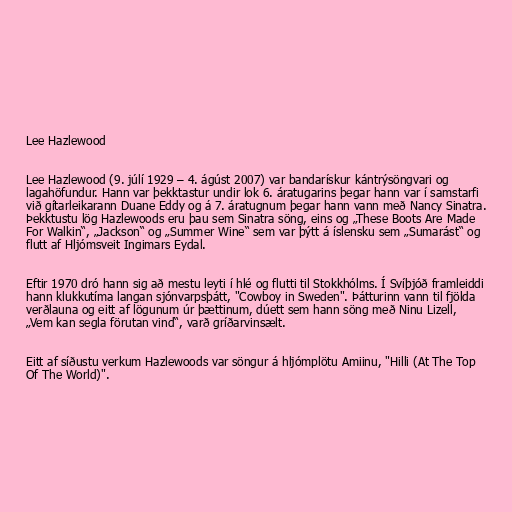
Lee Hazlewood

Lee Hazlewood (9. júlí 1929 – 4. ágúst 2007) var bandarískur kántrýsöngvari og
lagahöfundur. Hann var þekktastur undir lok 6. áratugarins þegar hann var í samstarfi
við gítarleikarann Duane Eddy og á 7. áratugnum þegar hann vann með Nancy Sinatra.
Þekktustu lög Hazlewoods eru þau sem Sinatra söng, eins og „These Boots Are Made
For Walkin“, „Jackson“ og „Summer Wine“ sem var þýtt á íslensku sem „Sumarást“ og
flutt af Hljómsveit Ingimars Eydal.

Eftir 1970 dró hann sig að mestu leyti í hlé og flutti til Stokkhólms. Í Svíþjóð framleiddi
hann klukkutíma langan sjónvarpsþátt, "Cowboy in Sweden". Þátturinn vann til fjölda
verðlauna og eitt af lögunum úr þættinum, dúett sem hann söng með Ninu Lizell,
„Vem kan segla förutan vind“, varð gríðarvinsælt.

Eitt af síðustu verkum Hazlewoods var söngur á hljómplötu Amiinu, "Hilli (At The Top
Of The World)".